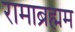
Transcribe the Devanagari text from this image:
रामाब्रह्मम